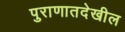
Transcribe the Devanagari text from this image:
पुराणातदेखील